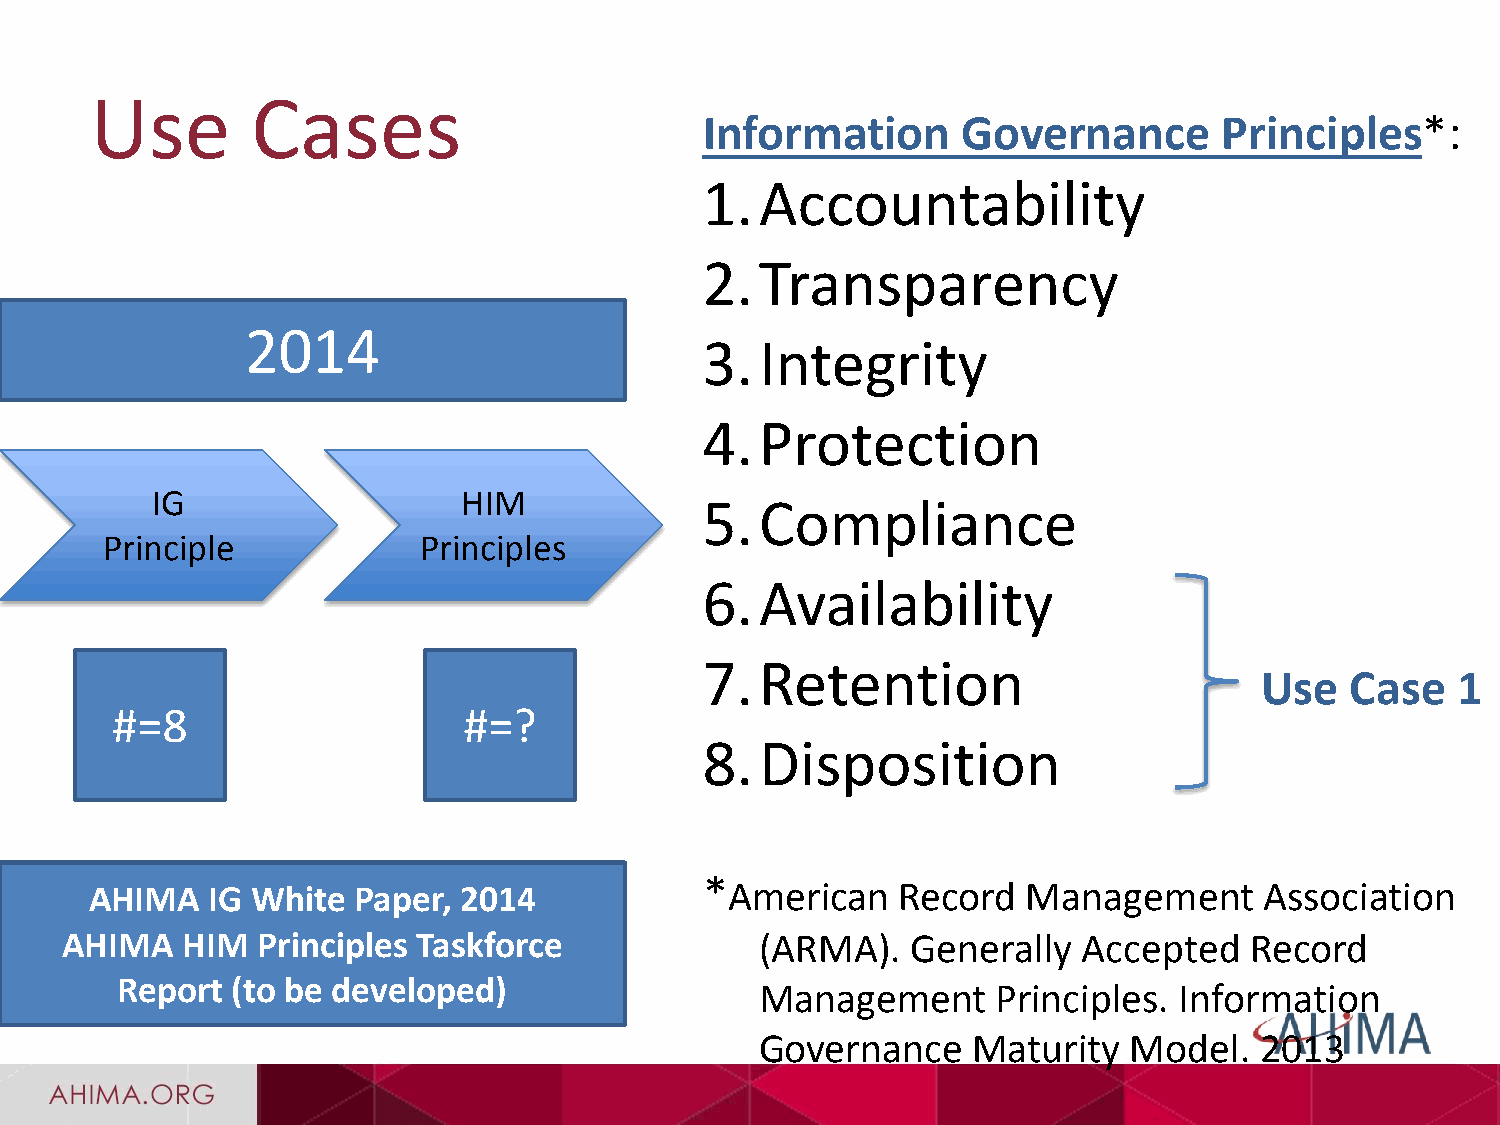
Use        Cases
 Information      Governance       Principles*:
 1.Accountability
 2.Transparency
 2014
 3.Integrity
 4.Protection
 IG                   HIM
 5.Compliance
 Principle            Principles
 6.Availability
 7.Retention
 Use   Case   1
 #=8                     #=?
 8.Disposition
 AHIMA   IG White Paper, 2014             *American    Record  Management      Association
 AHIMA   HIM  Principles Taskforce             (ARMA).   Generally   Accepted   Record
 Report (to be developed)
 Management      Principles. Information
 Governance    Maturity   Model.  2013